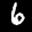
Label: 6